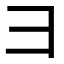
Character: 彐